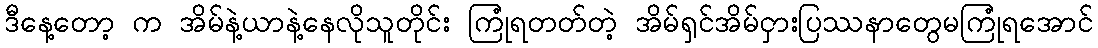
ဒီနေ့တော့ က အိမ်နဲ့ယာနဲ့နေလိုသူတိုင်း ကြုံရတတ်တဲ့ အိမ်ရှင်အိမ်ငှားပြဿနာတွေမကြုံရအောင်